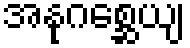
အနုဂစ္ဆေယျ